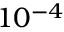
1 0 ^ { - 4 }